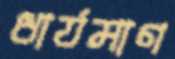
ধার্যমাণ